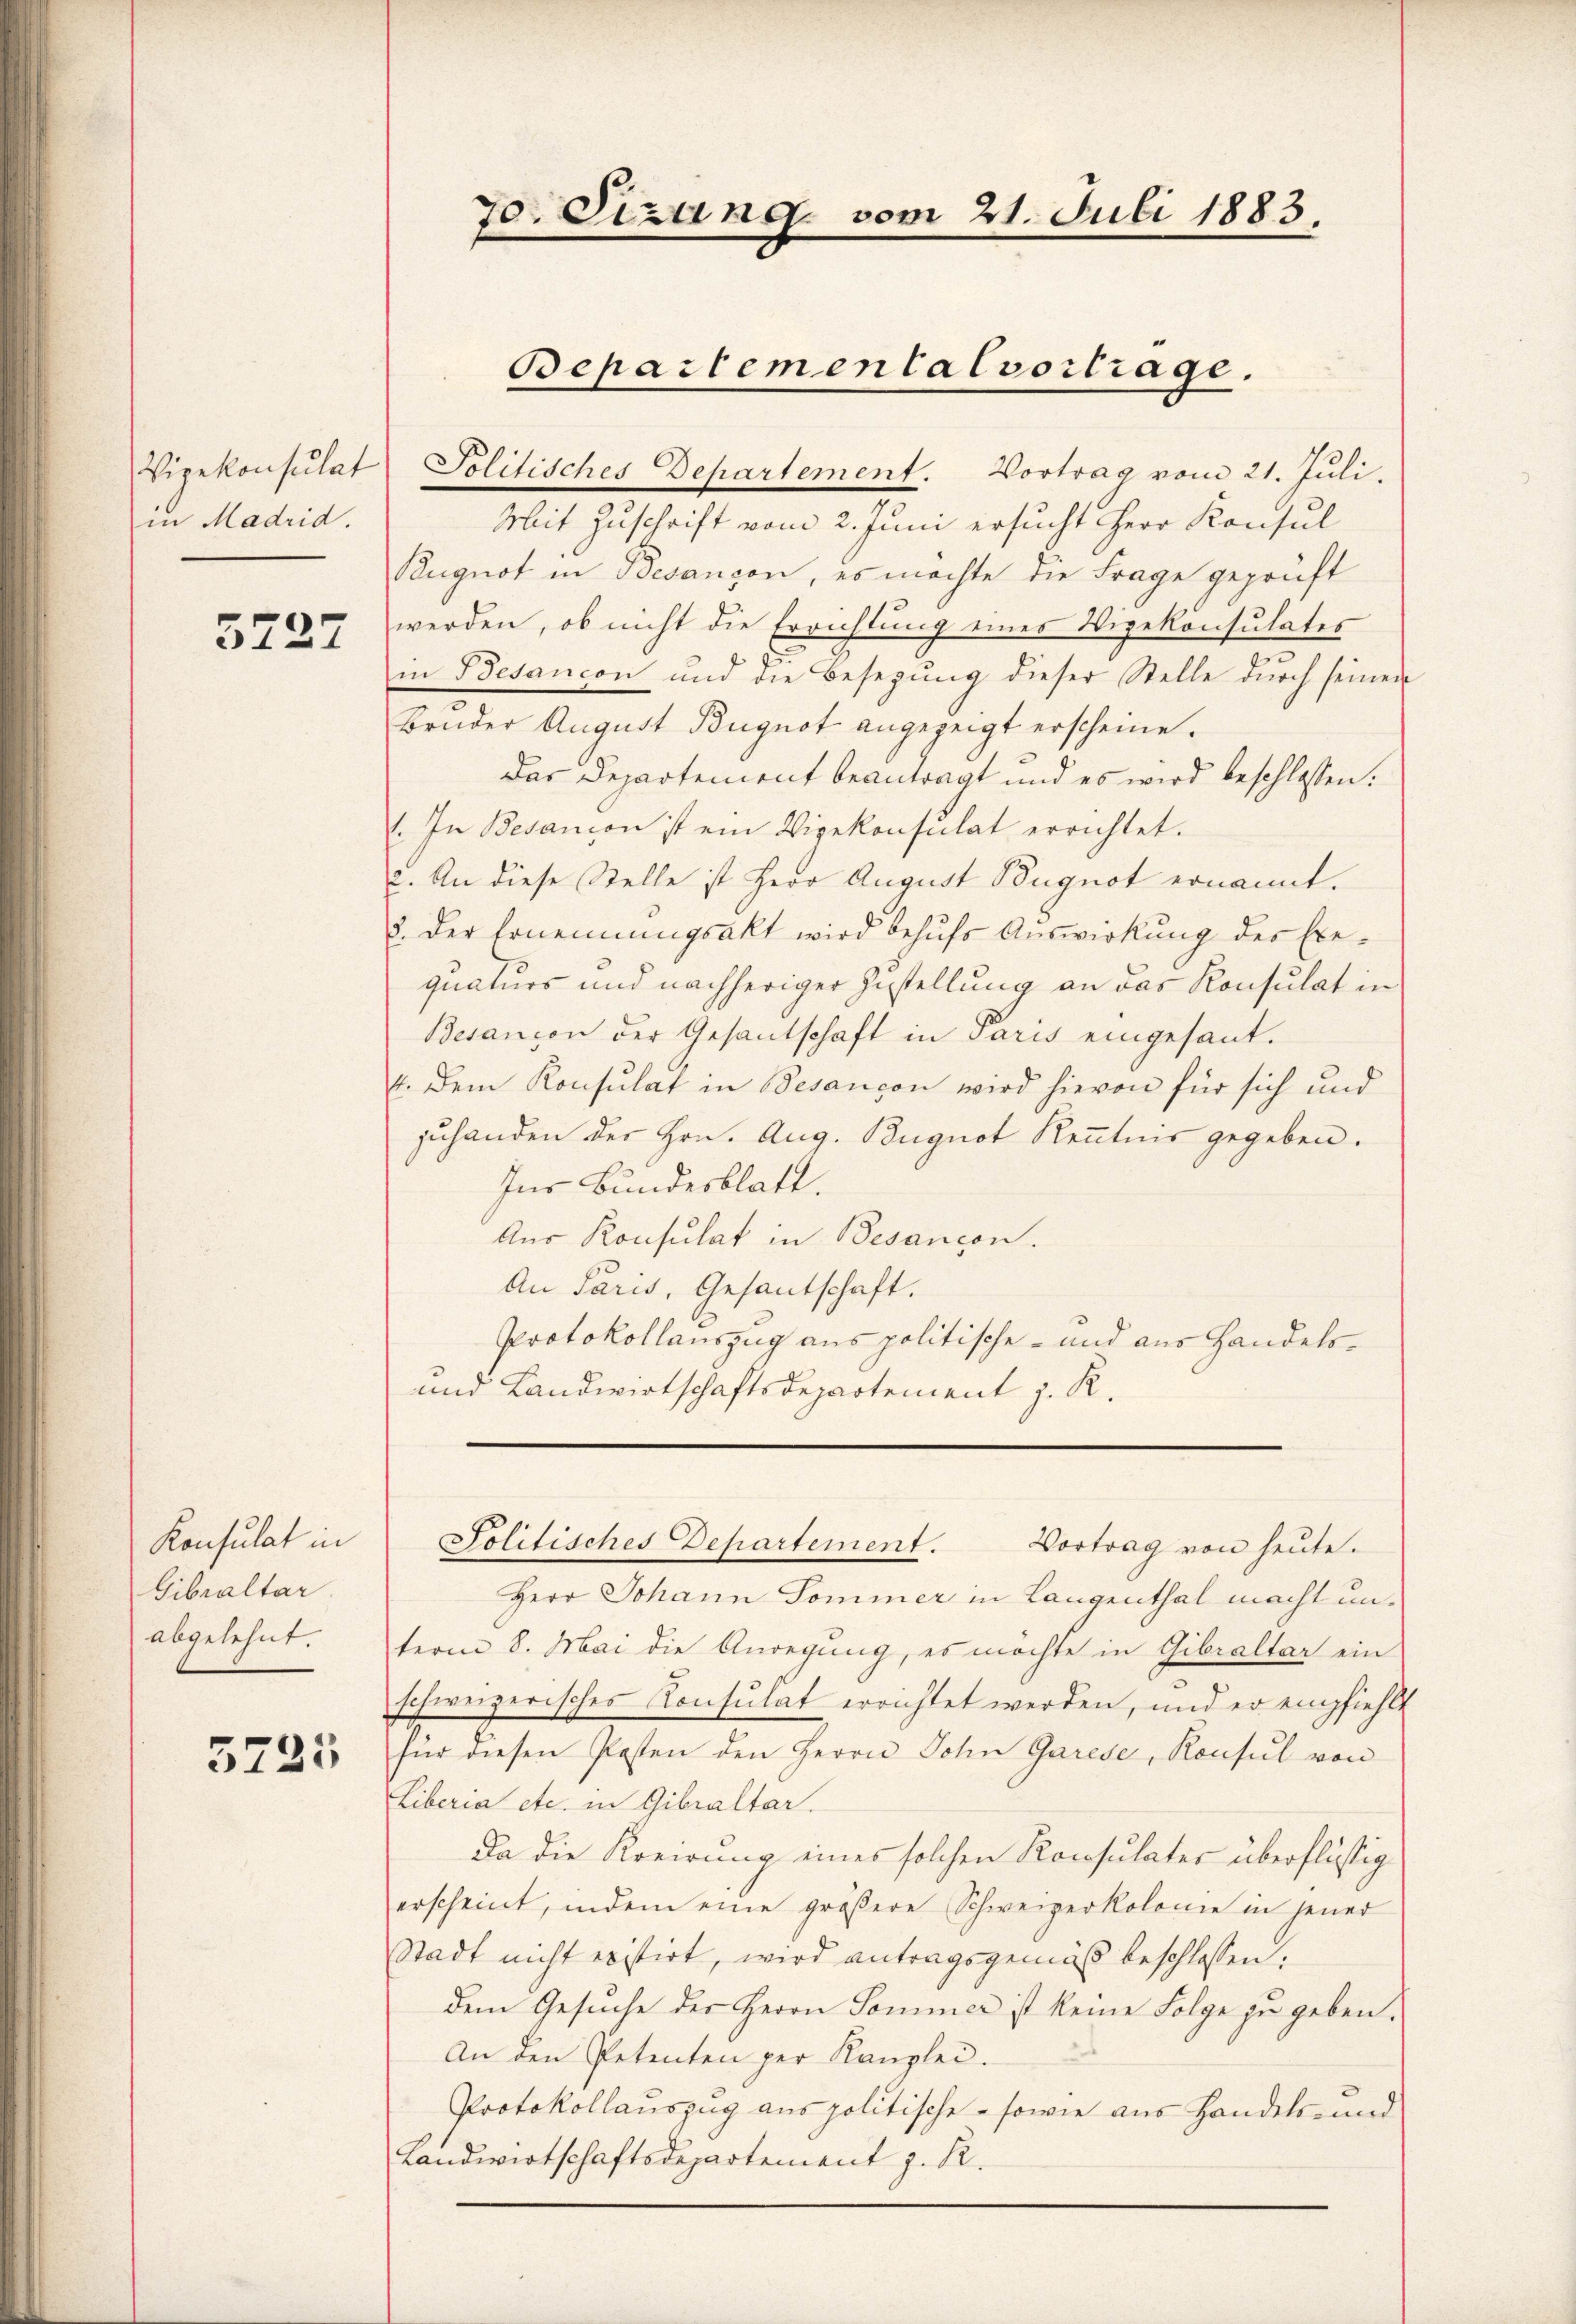
in Madrid.

5727

Konsulat in
Gibraltar
abgelehnt.

5725

Mit Zuschrift vom 2. Juni ersucht Herr Konsul
Rugnot in Besançon, es möchte die Frage geprüft
werden, ob nicht die Errichtung eines Wigekonsulates
in Besançon und die Besegung dieser Stelle durch seinen
Bruder August Bügnot angezeigt erscheine.
Das Departement beantragt und es wird beschlossen:
1. In Besanion ist ein Vizekonsulat errichtet.
c. An diese Stelle ist Herr August Bugnot ernannt.
8. Der Ernennungsakt wird behufs Auswirkung des Exequaturs und nachheriger Zustellung an das Konsulat in
Besancen der Gesantschaft in Paris eingesant.
4. Dem Konsulat in Besançon wird hievon für sich und
zuhanden der Hrn. Aug. Buguot Kenntnis gegeben.
Ins Bundesblatt.
Aus Konsulat in Besancon.
An Paris, Gesantschaft.
Protokollauszug aus politische - und aus Handels¬
und Landwirtschaftsdepartement z. R.

70. Sizung vom 21. Juli 1883.

Bepartemental vortrage.
Vizekonsulat Politisches Departement. Vortrag vom 21. Juli.

Herr Johann Sommer in Langenthal macht unterm 8. Mai die Anregung, es möchte in Gibraltar ein
schweizerisches Konsulat errichtet werden, und er empfiehlt
für diesen Posten den Herrn John Garese, Konsul von
Liberia etc. in Gibraltar.
Da die Kreirung eines solchen Konsulater überflüssig
erscheint, indem eine größere Schweizerkolonie in jener
Stadt nicht existirt, wird antragsgemäß beschlossen:
dem Gesuche der Herrn Sommer ist keine Folge zu geben.
An den Petenten per Kanzlei.
Protokollauszug aus politische - sowie aus Handels- und
Landwirtschaftsdepartement z. R.

Politisches Departement. Vortrag von heŭte.